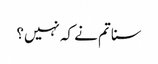
سنا تم نے کہ نہیں؟